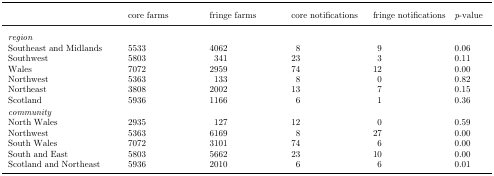
<table><thead><tr><td></td><td><b>core farms</b></td><td><b>fringe farms</b></td><td><b>core notifications</b></td><td><b>fringe notifications</b></td><td><b><i>p</i>-value</b></td></tr></thead><tbody><tr><td colspan="6"><i>region</i></td></tr><tr><td>Southeast and Midlands</td><td>5533</td><td>4062</td><td>8</td><td>9</td><td>0.06</td></tr><tr><td>Southwest</td><td>5803</td><td>341</td><td>23</td><td>3</td><td>0.11</td></tr><tr><td>Wales</td><td>7072</td><td>2959</td><td>74</td><td>12</td><td>0.00</td></tr><tr><td>Northwest</td><td>5363</td><td>133</td><td>8</td><td>0</td><td>0.82</td></tr><tr><td>Northeast</td><td>3808</td><td>2002</td><td>13</td><td>7</td><td>0.15</td></tr><tr><td>Scotland</td><td>5936</td><td>1166</td><td>6</td><td>1</td><td>0.36</td></tr><tr><td colspan="6"><i>community</i></td></tr><tr><td>North Wales</td><td>2935</td><td>127</td><td>12</td><td>0</td><td>0.59</td></tr><tr><td>Northwest</td><td>5363</td><td>6169</td><td>8</td><td>27</td><td>0.00</td></tr><tr><td>South Wales</td><td>7072</td><td>3101</td><td>74</td><td>6</td><td>0.00</td></tr><tr><td>South and East</td><td>5803</td><td>5662</td><td>23</td><td>10</td><td>0.00</td></tr><tr><td>Scotland and Northeast</td><td>5936</td><td>2010</td><td>6</td><td>6</td><td>0.01</td></tr></tbody></table>